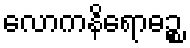
လောကနိရောဓဉ္စ